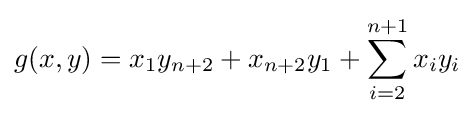
g(x,y)=x_{1}y_{n+2}+x_{n+2}y_{1}+\sum _{i=2}^{n+1}x_{i}y_{i}